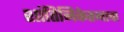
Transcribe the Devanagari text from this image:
शांतिनिकेतनाचा